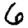
Digit: 6